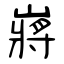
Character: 嶈